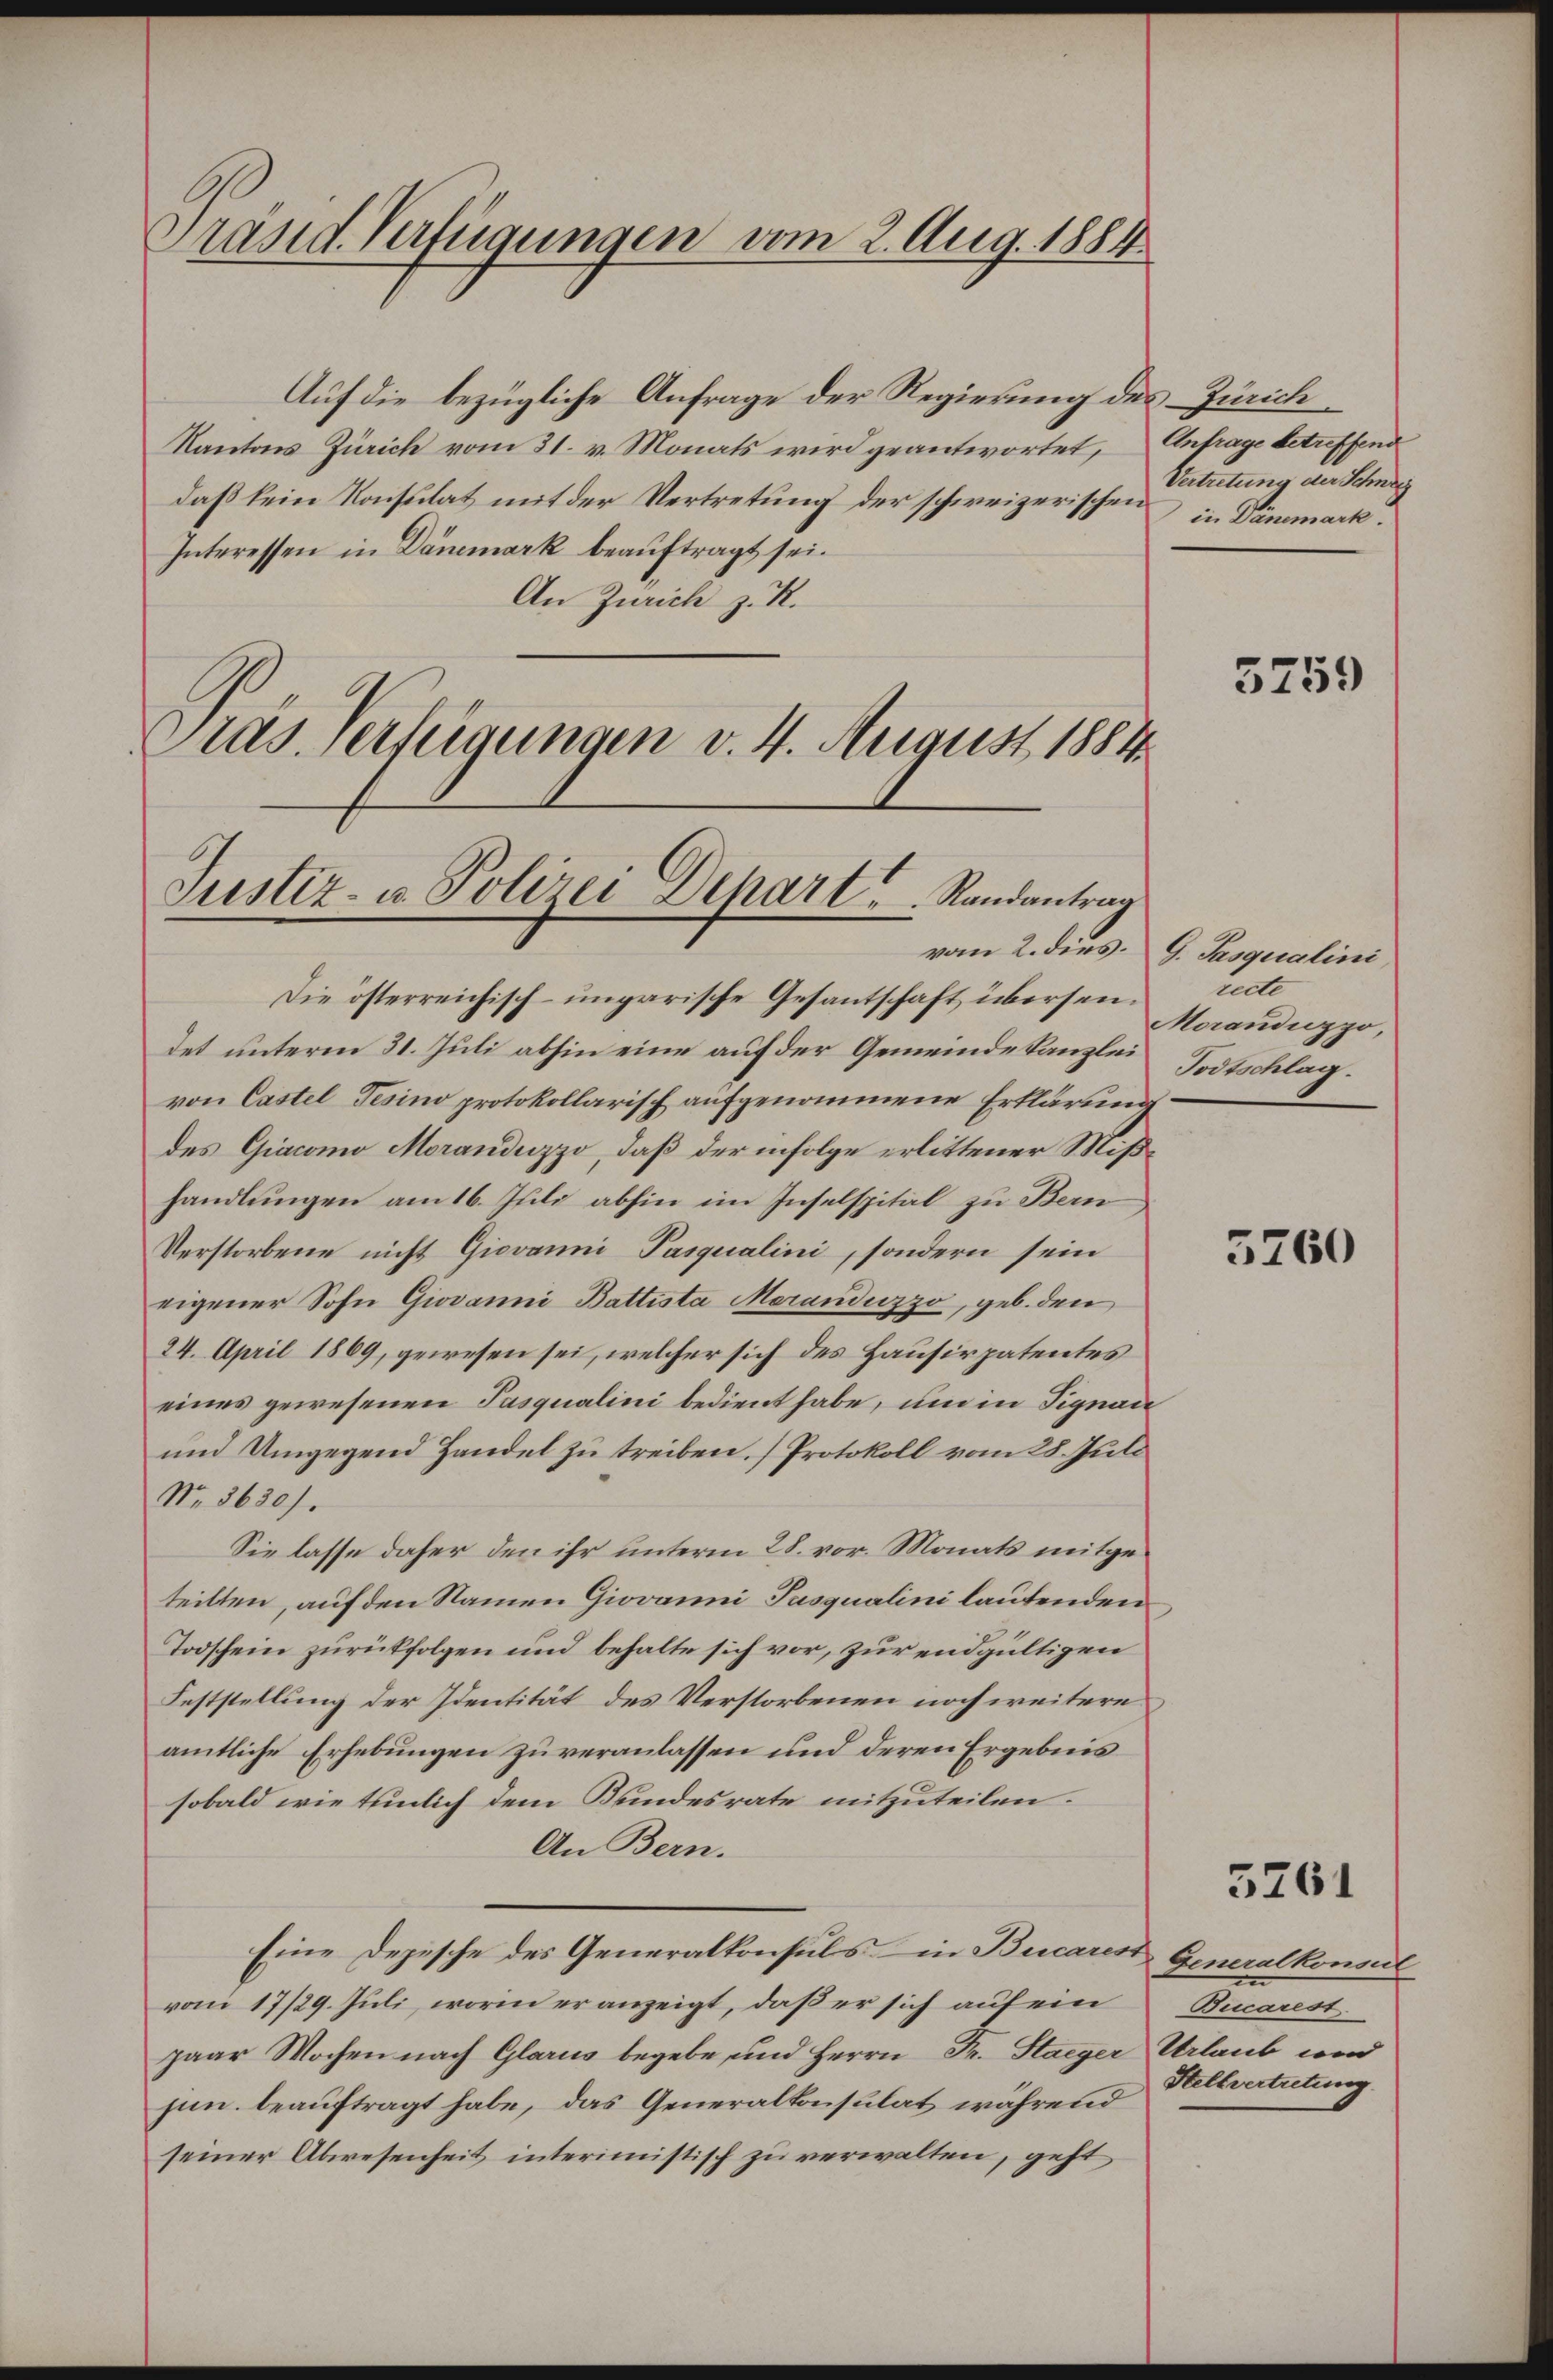
Auf die bezügliche Anfrage der Regierung des Zürich
Kantons Zürich vom 31. v. Monats wird geantwortet, Anfrage betreffend
daß kein Konsulat mit der Vertretung der schweizerischen in Dänemark.
Interessen in Dänemark beauftragt sei.
An Zürich z. R.
Pras. Verfügungen v. 4. August 1884

Dräsid. Verfügungen vom 2. Aug. 1884.

Justiz- u. Polizei Dehart Randantrag

Vertretung der Schne

Die österreichisch-ungarische Gesantschaft übersendet unterm 31. Juli abhin eine auf der Gemeindekanzlei
von Castel, Tesino protokollarisch aufgenommene Erklärung
des Giacomo Moranduzzo, daß der infolge erlittener Mißhandlungen am 16. Juli abhin im Inselspital zu Bern
Verstorbene nicht Giovanni Pasqualini, sondern sein
eigener Sohn Giovanni Battista Meranduzzo, geb. den
24. April 1869, gewesen sei, welcher sich des Hausirpatentes
eines gewesenen Pasqualini bedient habe, um in Signau
und Umgegend Handel zu treiben. (Protokoll vom 28. Juli
No. 3630).
Sie lasse daher den ihr unterm 28. vor. Monats mitgeteilten, auf den Namen Giovanni, Pasqualini lautenden
Todschein zurückfolgen und behalte sich vor, zur endgültigen
Feststellung der Identität des Verstorbenen noch weitere
amtliche Erhebungen zu veranlassen und deren Ergebnis
sobald wie tunlich dem Bundesrate mitzuteilen.
An Bern.
Eine Depesche des Generalkonsuls in Bucarist Generalkonsul
von 17/29. Juli, worin er anzeigt, daß er sich auf ein
paar Wochen nach Glarus begebe, und Herrn Fr. Staeger Urlaub und
jun. beauftragt habe, das Generalkonsulat während
seiner Abwesenheit interimistisch zu verwalten, geht

5759

vom 2. dies. G. Sasqualini,
recte
Moranduzzo,
Todtschlag.

5260

5261

Buccarest
Stellvertretung